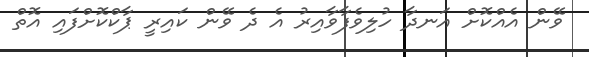
ވޭން އެއްކޮށް އަނދާ ހުލިވެފާވާއިރު އެ ދެ ވޭން ކައިރީ ޕާކްކޮށްފައި އޮތް